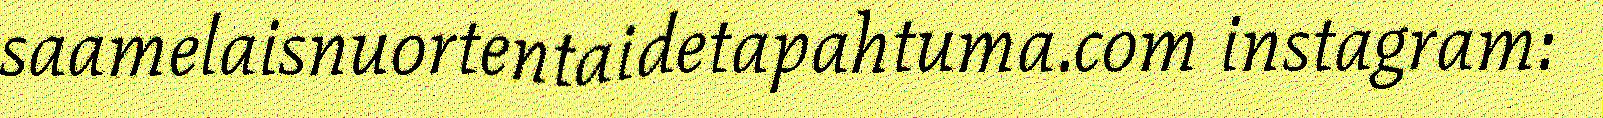
saamelaisnuortentaidetapahtuma.com instagram: